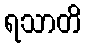
ရသာတိ